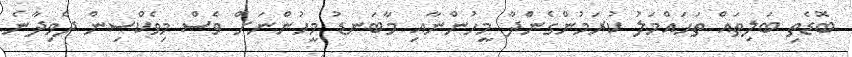
ބޮޑެތި ބަލިތައް ތަޙައްމަލު ކުރަމުންގެންދާ މީހުންނާއި މާބަނޑު މީހުންނަށް ވެސް މިވެކްސިން ދެވިދާނެ